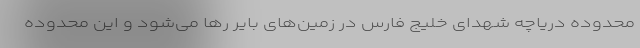
محدوده دریاچه شهدای خلیج فارس در زمین‌های بایر رها می‌شود و این محدوده